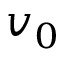
v _ { 0 }